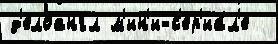
д'елоангл м'ин'и-с'ер'иа́л'е